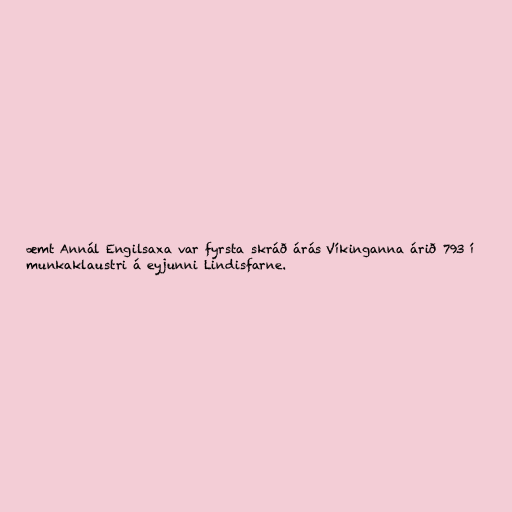
æmt Annál Engilsaxa var fyrsta skráð árás Víkinganna árið 793 í
munkaklaustri á eyjunni Lindisfarne.